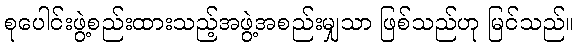
စုပေါင်းဖွဲ့စည်းထားသည့်အဖွဲ့အစည်းမျှသာ ဖြစ်သည်ဟု မြင်သည်။